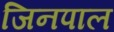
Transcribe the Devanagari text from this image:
जिनपाल